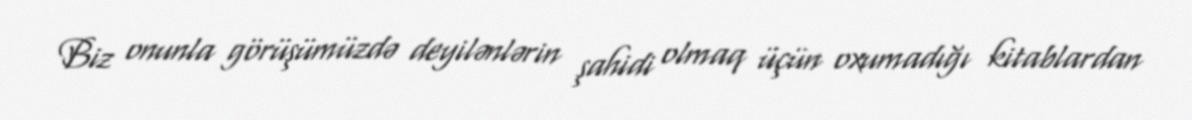
Biz onunla görüşümüzdə deyilənlərin şahidi olmaq üçün oxumadığı kitablardan